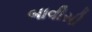
બાવીસી